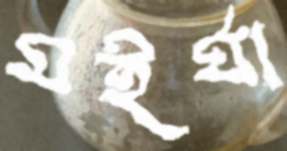
মইর্যা